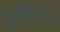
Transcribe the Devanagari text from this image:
तुचारिस्तान